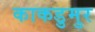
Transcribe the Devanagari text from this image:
काकडुमुर